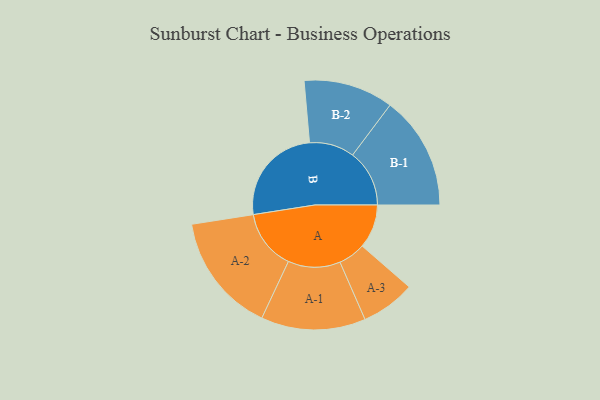
{"axis": {"x": "Segment", "y": "Value"}, "legend": ["", "A", "B"], "data": [{"x": "A", "y": 173, "type": ""}, {"x": "B", "y": 396, "type": ""}, {"x": "A-1", "y": 206, "type": "A"}, {"x": "A-2", "y": 236, "type": "A"}, {"x": "A-3", "y": 107, "type": "A"}, {"x": "B-1", "y": 224, "type": "B"}, {"x": "B-2", "y": 177, "type": "B"}]}